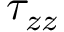
\tau _ { z z }